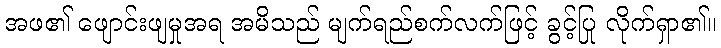
အဖ၏ ဖျောင်းဖျမှုအရ အမိသည် မျက်ရည်စက်လက်ဖြင့် ခွင့်ပြု လိုက်ရှာ၏။